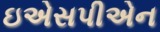
ઇએસપીએન